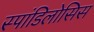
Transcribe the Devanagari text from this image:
स्पांडिलोसिस